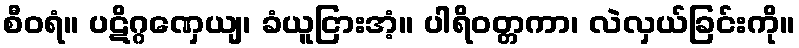
စီဝရံ။ ပဋိဂ္ဂဏှေယျ၊ ခံယူငြားအံ့။ ပါရိဝတ္တကာ၊ လဲလှယ်ခြင်းကို။